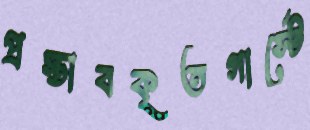
প্রস্তাবকৃতগার্স্টে